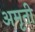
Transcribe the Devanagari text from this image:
अमृती